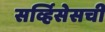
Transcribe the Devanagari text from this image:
सर्व्हिसेसची